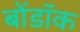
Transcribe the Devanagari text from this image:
बोंडॉक